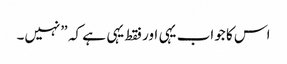
اس کا جواب یہی اور فقط یہی ہے کہ ”نہیں۔